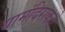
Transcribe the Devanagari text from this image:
यामंदिराकडे